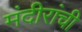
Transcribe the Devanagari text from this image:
मंदीरांची